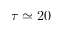
\tau \simeq 2 0